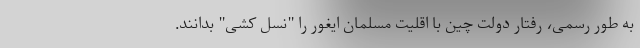
به طور رسمی، رفتار دولت چین با اقلیت مسلمان ایغور را "نسل کشی" بدانند.